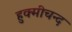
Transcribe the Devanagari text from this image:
हुक्मीचन्द